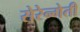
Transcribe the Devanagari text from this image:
सेरेन्गेती